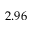
2 . 9 6